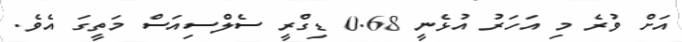
އަށް ވުރެ މި އަހަރު އުޅެނީ 0.68 ޑިގްރީ ސެލްސިއަސް މަތީގަ އެވެ.